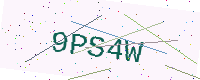
Text: 9PS4W